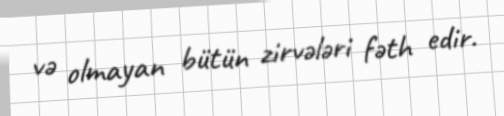
və olmayan bütün zirvələri fəth edir.